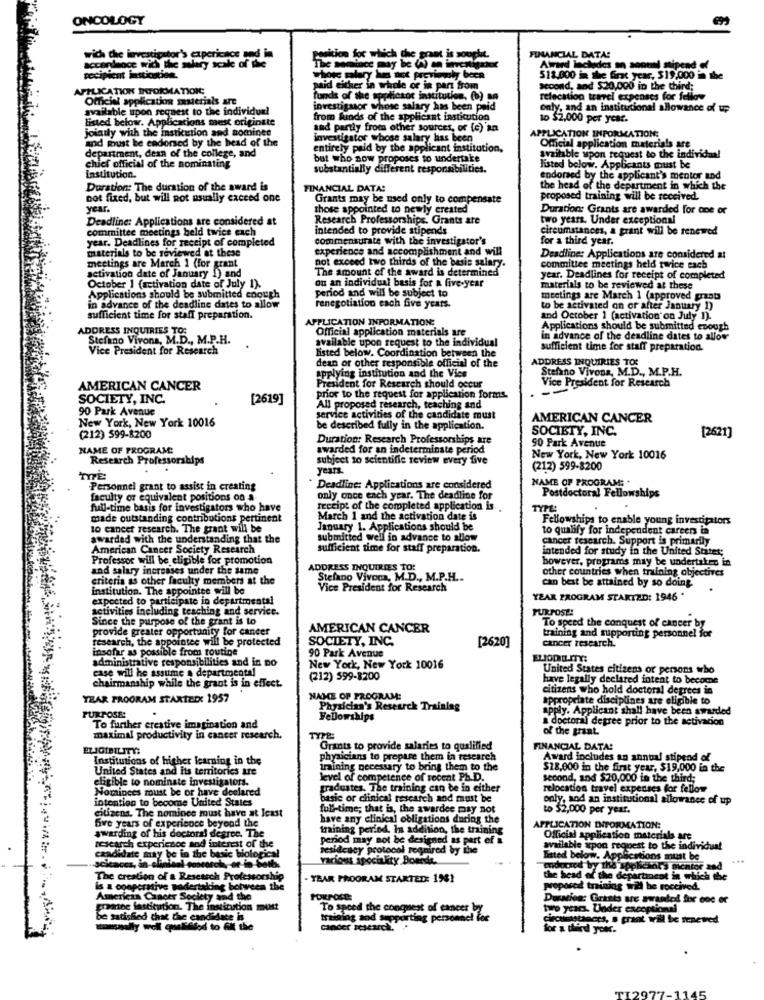
ONCOLOGY
wich the investigator's experience and in
Position for which the grant is soupht.
FINANCIAL DATA:
accordnoce with the salary scale of the
Atrand lachodes an soound stipend of
recipient isticotien.
whore salary has not previously boca
512.000 in the first year, $19,000 in the
APPLICATION INFORMATION;
paid either in whole or in part from
second, and $20,000 in the third;
Official application materials are
funds of the applicsoc institution, (b) an
relocation tarel expenses for fellow
available upon request to the individual
investigsor whose salary has been paid
Only, and an institutional allowance of up
listed below. Applications mest originate
from funds of the applicant institution
to $2,000 per year.
jointly with the institution and nominee
and partly from other sources, or (c) an
and must be cadoned by the head of the
investigator whose salary has been
APPLICATION INFORMATION:
entirely paid by the applicant institution,
Official application materials are
chief official of the nominating
department, dean of the college, and
but who aow proposes to undertake
available upon request to the individual
substantially different responsibilities.
listed below. Applicants must be
Institution.
endorsed by the applicant's mentor and
Duration: The duration of the award is
FINANCIAL DATA:
the head of the department in which the
bot fixed, but will not usually exceed one
Grants may be used only to compensate
proposed training will be received.
year.
those appointed to newly created
Duration: Grants are awarded for one or
Deadline: Applications are considered at
Research Professorships. Grants are
two years. Under exceptional
committee meetings beld twice each
intended to provide stipends
circumstances, a grant will be renewed
year. Deadlines for receipt of completed
commensurate with the investigator's
for a third year.
materials to be reviewed at these
experience and accomplishment and will
not exceed two thirds of the basic salary.
Deadline: Applications are considered a!
meetings are March 1 (for grant
The amount of the award is determined
committee meetings held twice each
activation date of January 1) and
year. Deadlines for receipt of completed
October 1 (activation date of July 1).
ou an individual basis for a five-year
period and will be subject to
materials to be reviewed at these
in advance of the deadline dates to allow
Applications should be submitted enough
meetings are March 1 (approved grants
renegotiation each five years.
to be activated on or after January 1)
sufficient time for staff preparation.
APPLICATION INFORMATION:
and October 1 (activation'on July n).
ADDRESS INQUIRIES TOS
Official application materials are
Applications should be submitted enough
Stefano Vivons, M.D ., M.P.H.
available upon request to the individual
in advance of the deadline dates to allow
Vice President for Research
sufficient time for staff preparation.
listed below. Coordination between the
dean or other responsible official of the
ADDRESS INQUIRIES TOS
Stefano Vivons, M.D ., M.P.H.
Applying institution and the Vics
Vice President for Research
AMERICAN CANCER
President for Research should occur
SOCIETY, INC.
[2619]
prior to the request for application forms.
90 Park Avenue
All proposed research, teaching and
New York, New York 10016
service activities of the candidate must
AMERICAN CANCER
be described fully in the application.
SOCIETY, INC.
(212) 599-8200
Duration: Research Professorships are
90 Park Avenue
[2621]
NAME OF PROGRAM:
awarded for an indeterminate period
Research Professorships
subject to scientific review every five
New York, New York 10016
years.
(212) 599-8200
Personnel grant to assist in creating
Deadline: Applications are considered
NAME OF PROGRAM; .
Postdoctoral Fellowships
faculty or equivalent positions on a-
only once ench year. The deadline for
full-time basis for investigators who have
receipt of the completed application is.
TYPE:
made outstanding contributions pertinent
March 1 and the activation date is
Fellowships to enable young investigators
to cancer research. The grant will be
January 1. Applications should be
to qualify for independent careers in
awarded with the understanding that the
submitted well in advance to allow
cancer research. Support is primarily
American Cancer Society Research
sufficient time for staff preparation.
intended for study in the United States;
Professor will be eligible for promotion
however, programs may be undertaken in
and salary increases under the same
ADDRESS INQUIRIES TO:
other countries when training objectives
criteria as other faculty members at the
Stefano Vivora, M.D ., M.P.H ...
can best be attained by so doing
institution. The appointee will be
Vice President for Research
expected to participate in departmental
YEAR PROGRAM STARTED: 1946 *
activities including teaching and service.
PURPOSE!
Since the purpose of the grant is to
provide greater opportunity for cancer
AMERICAN CANCER
To speed the conquest of cancer by
training and supporting personnel for
research, the appointee will be protected
SOCIETY, INC.
[2620]
cancer research.
insofar as possible from routine
administrative responsibilities and in po
90 Park Avenue
case will he assume . departmental
New York, New York 10016
United States citizens or persons who
chairmanship while the grant is in effect.
(212) 599-8200
have legally declared intent to become
citizens who hold doctoral degrees in
YEAR PROGRAM STARTED: 1957
NAMCE OP PROGRAM:
appropriate disciplines are eligible to
Physician's Research Training
apply. Applicant shall have been awarded
PURPOSE:
Fellowships
a doctoral degree prior to the activacion
To further erestive imagination and
of the grant.
maximal productivity in cancer research.
TYPE:
ELIGIBILITY:
Grants to provide salaries to qualified
FINANCIAL DATA!
Institutions of higher learning in the
physicians to prepare them in research
Award includes an annual stipend of
United States and its territories are
training necessary to bring them to the
$18,000 in the first year, $19,000 in the
eligible to nominate investigators.
level of competence of recent Ph.D.
second, and $20,000 in the third;
Nominces must be or have declared
graduates. The training can be in either
relocation travel expenses for fellow
intention to become United States
basic or clinical research and must be
only, and an institutional allowance of up
muizens. The nominee must have at least
full-time; that is, the awardce may not
to $2,000 per year.
five years of experience beyond the
have any clinical obligations during the
awarding of his doctoral degree. The
training period. In addition, the training
APPLICATION INFORMATION:
period may not be designed as part e
cial application materials are
accurch experience and interest of the
candidate may be in the basic biological
lesidcacy protocol required by the
available upon request to the individual
various speciality Boende.
listed below. Appliest
cogestions must be
...
sciences, in clinical poseorch, or in Soils
codecsed by the applesol's dicator zad
The creation of a Resetsch Professorship
YEAR PROGRAM STARTED: 1981
the head of the department in which the
is a ogoperative sodertalking between the
proposed training wil be roccived.
American Cancer Society and the
Duration: Grists are awarded for one or
gramine fastitution. The institution minst
To speed the conquest of cancer by
two years. Under exceptions
be satisfied that the candidate is
training and supporting personnel for
Circumstances, s grant will be renewed
Kofod to Git the
cancer research.
for a third your.